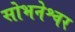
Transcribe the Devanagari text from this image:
सोभनेश्वर